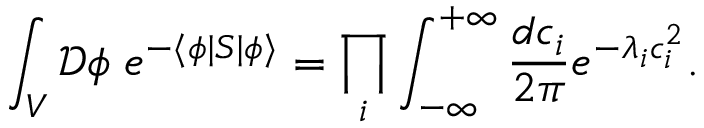
\int _ { V } { \mathcal { D } } \phi \; e ^ { - \langle \phi | S | \phi \rangle } = \prod _ { i } \int _ { - \infty } ^ { + \infty } { \frac { d c _ { i } } { 2 \pi } } e ^ { - \lambda _ { i } c _ { i } ^ { 2 } } .